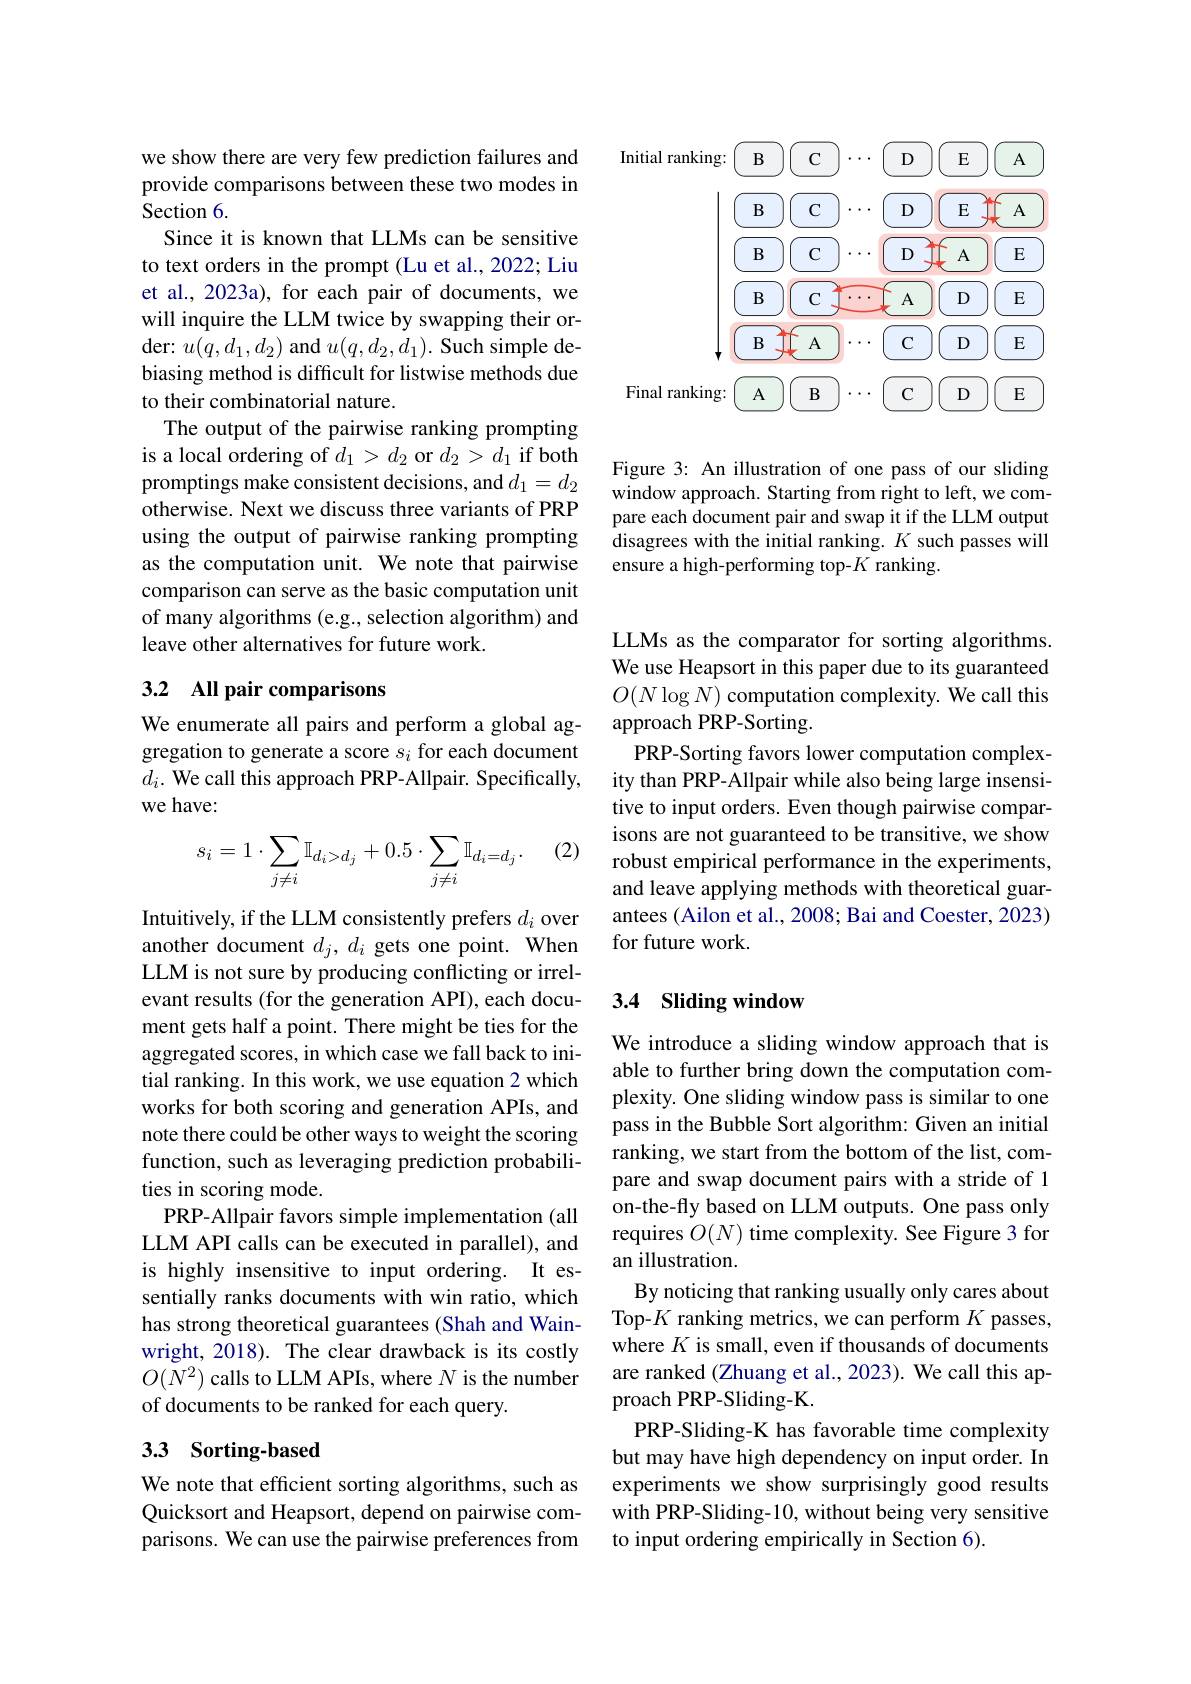
Initial
$$\begin{array}{c}\boxed{\mathrm{B}}\boxed{\mathrm{C}}\cdots\boxed{\mathrm{DE}}\boxed{\mathrm{A}}\\\boxed{\mathrm{B}}\boxed{\mathrm{C}}\cdots\boxed{\mathrm{D}}\boxed{\mathrm{A}}\boxed{\mathrm{E}}\\\boxed{\mathrm{B}}\boxed{\mathrm{C}}\cdots\boxed{\mathrm{A}}\boxed{\mathrm{D}}\boxed{\mathrm{E}}\\\boxed{\mathrm{B}}\boxed{\mathrm{A}}\cdots\boxed{CD}\boxed{\mathrm{E}}\end{array}$$
$$\text{Final ranking:}\quad\text{A}\quad\text{B}\quad\cdots\quad\text{C}\quad\text{D}\quad\text{E}$$
Figure 3: An illustration of one pass of our sliding window approach. Starting from right to left, we compare each document pair and swap it if the LLM output disagrees with the initial ranking. $K$ such passes will ensure a high-performing top-$K$ ranking.

we show there are very few prediction failures and provide comparisons between these two modes in Section 6.
Since it is known that LLMs can be sensitive to text orders in the prompt (Lu et al., 2022; Liu et al., 2023a), for each pair of documents, we will inquire the LLM twice by swapping their order: $u(q,d_{1},d_{2})$ and $u(q,d_{2},d_{1}).$ Such simple debiasing method is difficult for listwise methods due to their combinatorial nature.
The output of the pairwise ranking prompting is a local ordering of $d_1>d_2$ or $d_2>d_1$ if both promptings make consistent decisions, and $d_1=d_2$ otherwise. Next we discuss three variants of PRP using the output of pairwise ranking prompting as the computation unit. We note that pairwise comparison can serve as the basic computation unit of many algorithms (e.g., selection algorithm) and leave other alternatives for future work.

## 3.2 All pair comparisons

We enumerate all pairs and perform a global aggregation to generate a score $s_i$ for each document $d_i.$ We call this approach PRP-Allpair. Specifically, we have:

(2)
$$\begin{aligned}s_i=1\cdot\sum_{j\neq i}\mathbb{I}_{d_i>d_j}+0.5\cdot\sum_{j\neq i}\mathbb{I}_{d_i=d_j}.\end{aligned}$$
Intuitively, if the LLM consistently prefers $d_i$ over another document $d_j,d_i$ gets one point. When LLM is not sure by producing conflicting or irrelevant results (for the generation API), each document gets half a point. There might be ties for the aggregated scores, in which case we fall back to initial ranking. In this work, we use equation 2 which works for both scoring and generation APIs, and note there could be other ways to weight the scoring function, such as leveraging prediction probabilities in scoring mode.
PRP-Allpair favors simple implementation (all LLM API calls can be executed in parallel), and is highly insensitive to input ordering. It essentially ranks documents with win ratio, which has strong theoretical guarantees (Shah and Wainwright, 2018). The clear drawback is its costly $O(N^{2})$ calls to LLM APIs, where $N$ is the number of documents to be ranked for each query.

## 3.3 Sorting-based

We note that efficient sorting algorithms, such as Quicksort and Heapsort, depend on pairwise comparisons. We can use the pairwise preferences from

LLMs as the comparator for sorting algorithms. We use Heapsort in this paper due to its guaranteed $O(N\log N)$ computation complexity. We call this approach PRP-Sorting.
PRP-Sorting favors lower computation complexity than PRP-Allpair while also being large insensitive to input orders. Even though pairwise comparisons are not guaranteed to be transitive, we show robust empirical performance in the experiments, and leave applying methods with theoretical guarantees (Ailon et al., 2008; Bai and Coester, 2023) for future work.

### 3.4 Sliding window

We introduce a sliding window approach that is able to further bring down the computation complexity. One sliding window pass is similar to one pass in the Bubble Sort algorithm: Given an initial ranking, we start from the bottom of the list, compare and swap document pairs with a stride of 1 on-the-fly based on LLM outputs. One pass only requires $O(N)$ time complexity. See Figure 3 for an illustration.
By noticing that ranking usually only cares about Top-$K$ ranking metrics, we can perform $K$ passes, where $K$ is small, even if thousands of documents are ranked (Zhuang et al., 2023). We call this approach PRP-Sliding-K.
PRP-Sliding-K has favorable time complexity but may have high dependency on input order. In experiments we show surprisingly good results with PRP-Sliding-10, without being very sensitive to input ordering empirically in Section 6).